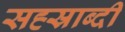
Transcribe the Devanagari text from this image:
सह्स्राब्दी